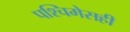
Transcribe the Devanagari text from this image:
पश्चिमेसही